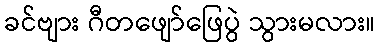
ခင်ဗျား ဂီတဖျော်ဖြေပွဲ သွားမလား။